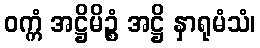
ဝက္ကံ အဋ္ဌိမိဉ္စံ အဋ္ဌိ နှာရုမံသံ၊